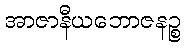
အာဇာနီယဘောဇနဉ္စ